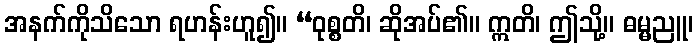
အနက်ကိုသိသော ရဟန်းဟူ၍။ “ဝုစ္စတိ၊ ဆိုအပ်၏။ ဣတိ၊ ဤသို့။ ဓမ္မညူ၊